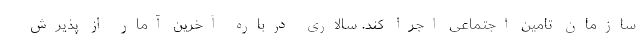
سازمان تامین اجتماعی اجرا کند. سالاری درباره آخرین آمار از پذیرش